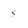
Character: s